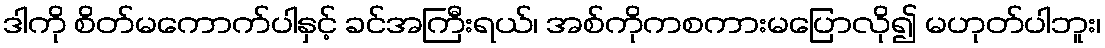
ဒါကို စိတ်မကောက်ပါနှင့် ခင်အကြီးရယ်၊ အစ်ကိုကစကားမပြောလို၍ မဟုတ်ပါဘူး၊